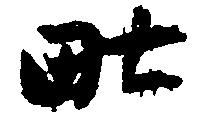
毘